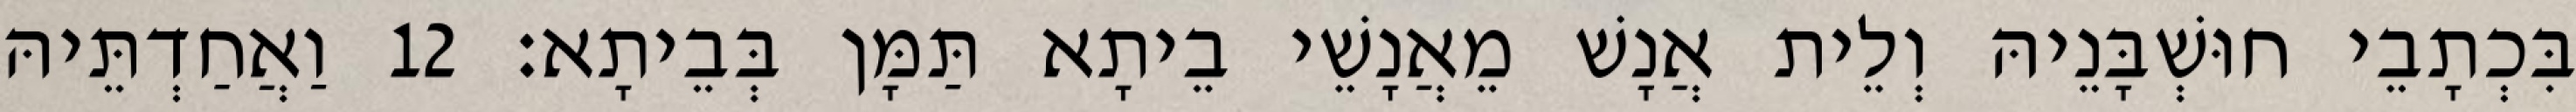
בִּכְתָבֵי חוּשְׁבָּנֵיהּ וְלֵית אֲנָשׁ מֵאֲנָשֵׁי בֵיתָא תַּמָּן בְּבֵיתָא׃ 12 וַאֲחַדְתֵּיהּ